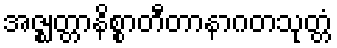
အဇ္ဈတ္တာနိစ္စာတီတာနာဂတသုတ္တံ